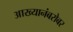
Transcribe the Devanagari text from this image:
आख्यानंबरोबर